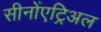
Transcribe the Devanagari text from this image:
सीनोंएट्रिअल